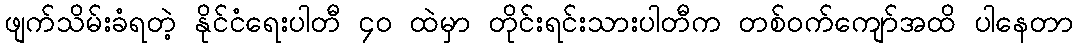
ဖျက်သိမ်းခံရတဲ့ နိုင်ငံရေးပါတီ ၄၀ ထဲမှာ တိုင်းရင်းသားပါတီက တစ်ဝက်ကျော်အထိ ပါနေတာ